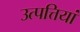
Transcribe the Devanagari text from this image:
उत्पत्तियां